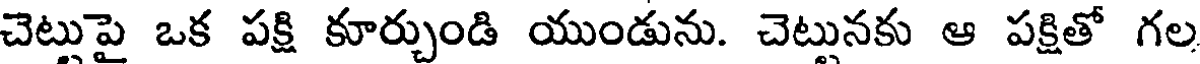
చెట్టుపై ఒక పక్షి కూర్చుండి యుండును. చెట్టునకు ఆ పక్షితో గల